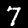
Label: 7